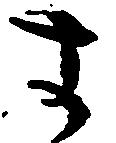
す